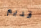
قديم